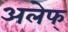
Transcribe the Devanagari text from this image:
अलेफ्